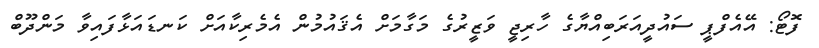
ފޮޓޯ: އޭއެފްޕީ ސައުދީއަރަބިއްޔާގެ ހާރިޖީ ވަޒީރުގެ މަގާމަށް އެޤައުމުން އެމެރިކާއަށް ކަނޑައަޅާފައިވާ މަންދޫބް